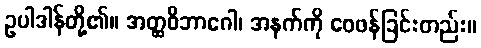
ဥပါဒါန်တို့၏။ အတ္ထဝိဘာဂေါ၊ အနက်ကို ဝေဖန်ခြင်းတည်း။